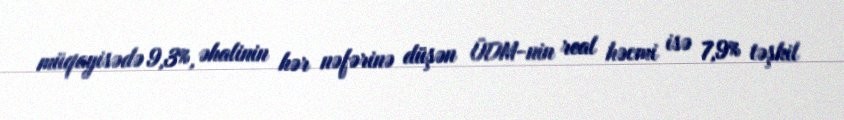
müqayisədə 9,3%, əhalinin hər nəfərinə düşən ÜDM-nin real həcmi isə 7,9% təşkil